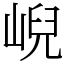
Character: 𡸣